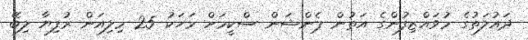
ދައުލަތުގެ މުވައްޒިފުންގެ އަތުން ޕެންޝަން ސްކީމަށް މަހަކު 25 މިލިއަން ރުފިޔާ ލިބޭ